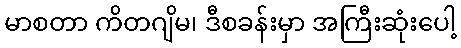
မာစတာ ကိတဂျိမ၊ ဒီစခန်းမှာ အကြီးဆုံးပေါ့